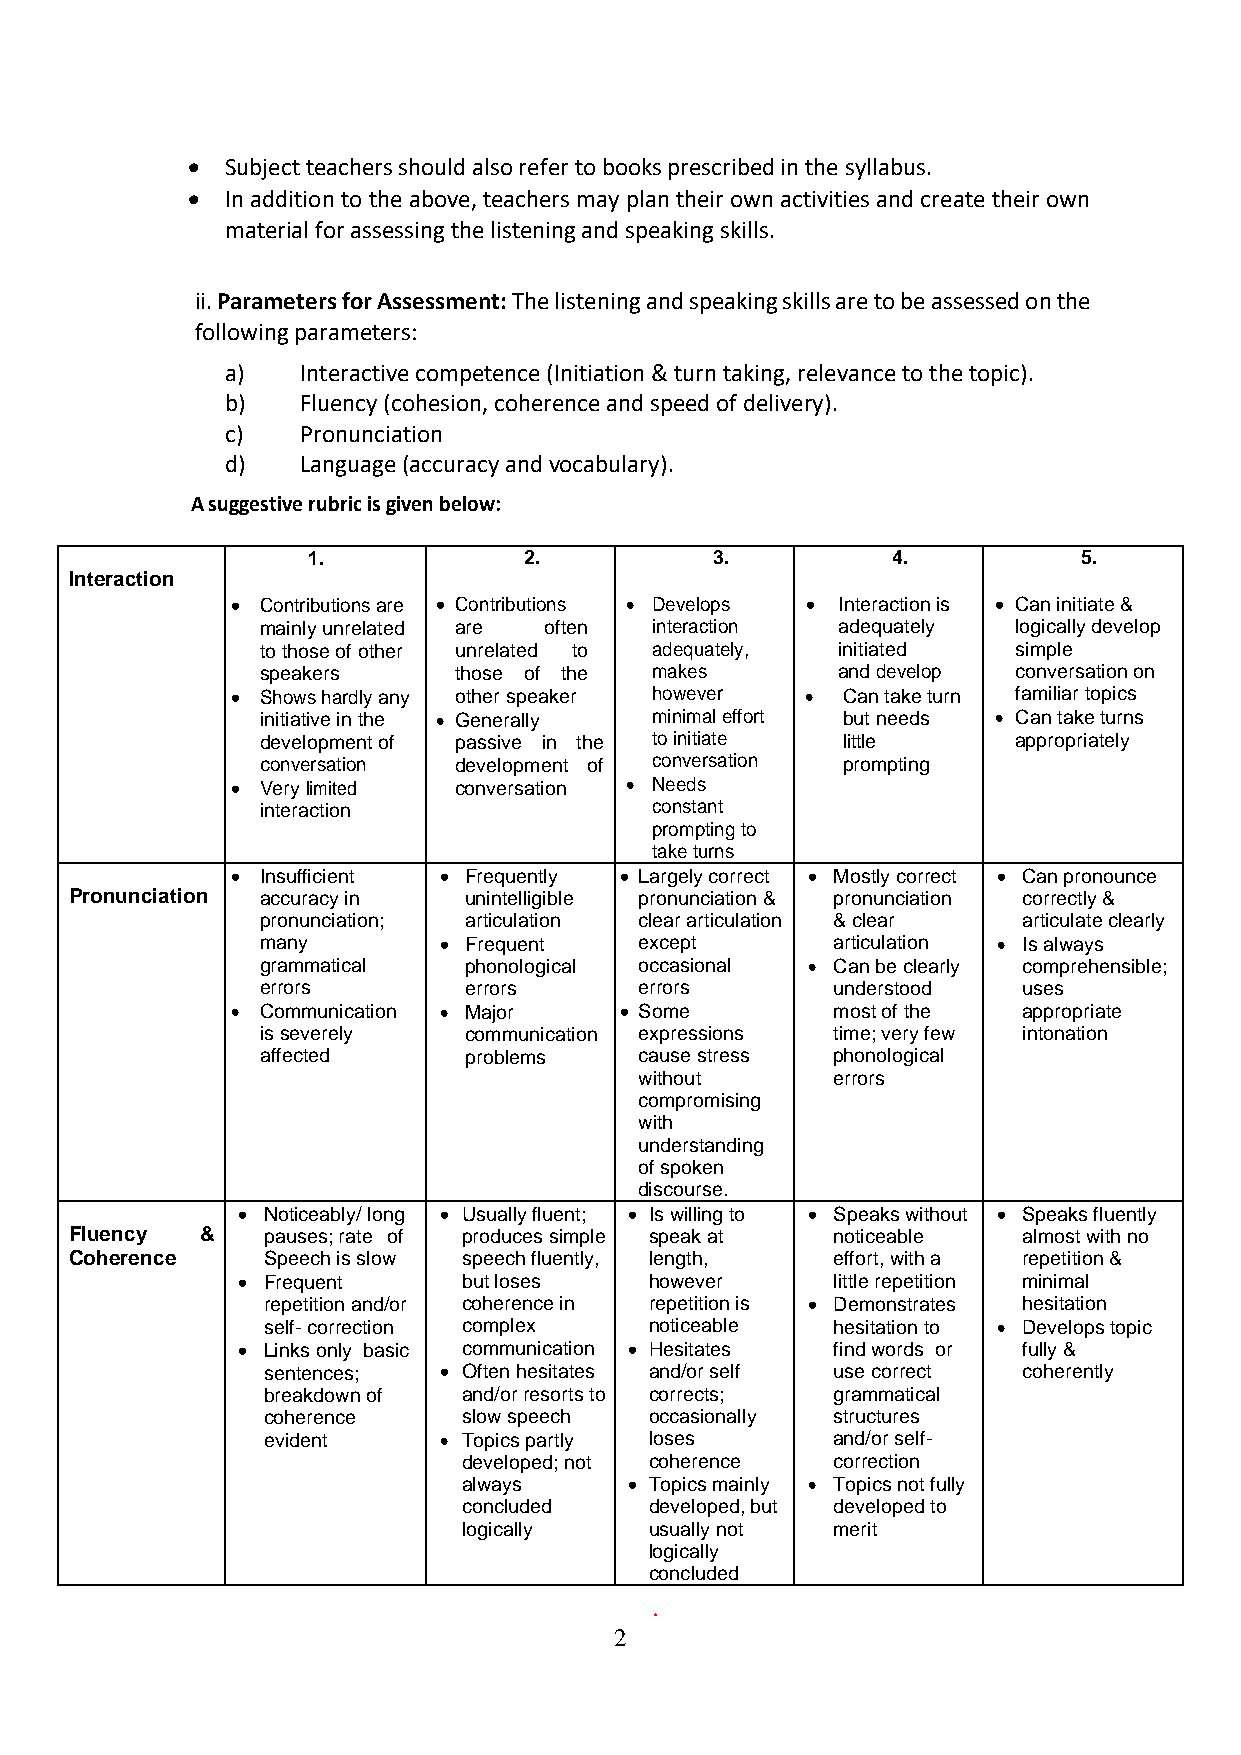
  Subject teachers should also refer to books prescribed in the syllabus.
   In addition to the above, teachers may plan their own activities and create their own
 material for assessing the listening and speaking skills.
 ii. Parameters for Assessment: The listening and speaking skills are to be assessed on the
 following parameters:
 a)   Interactive competence (Initiation & turn taking, relevance to the topic).
 b)   Fluency (cohesion, coherence and speed of delivery).
 c)   Pronunciation
 d)   Language (accuracy and vocabulary).
 A suggestive rubric is given below:
 1.             2.          3.          4.           5.
 Interaction
  Contributions are  Contributions  Develops  Interaction is  Can initiate &
 mainly unrelated are often interaction adequately logically develop
 to those of other unrelated to adequately, initiated simple
 speakers     those of the makes       and develop conversation on
  Shows hardly any other speaker however  Can take turn familiar topics
 initiative in the  Generally minimal effort but needs  Can take turns
 development of passive in the to initiate little  appropriately
 conversation development of conversation prompting
  Very limited conversation  Needs
 interaction               constant
 prompting to
 take turns
  Insufficient  Frequently  Largely correct  Mostly correct  Can pronounce
 Pronunciation accuracy in unintelligible pronunciation & pronunciation correctly &
 pronunciation; articulation clear articulation & clear articulate clearly
 many         Frequent   except       articulation  Is always
 grammatical   phonological occasional  Can be clearly comprehensible;
 errors        errors     errors       understood   uses
  Communication  Major    Some        most of the  appropriate
 is severely   communication expressions time; very few intonation
 affected      problems   cause stress phonological
 without      errors
 compromising
 with
 understanding
 of spoken
 discourse.
  Noticeably/ long  Usually fluent;  Is willing to  Speaks without  Speaks fluently
 Fluency &   pauses; rate of produces simple speak at noticeable almost with no
 Coherence   Speech is slow speech fluently, length, effort, with a repetition &
  Frequent     but loses   however     little repetition minimal
 repetition and/or coherence in repetition is  Demonstrates hesitation
 self- correction complex  noticeable  hesitation to  Develops topic
  Links only basic communication  Hesitates find words or fully &
 sentences;   Often hesitates and/or self use correct coherently
 breakdown of  and/or resorts to corrects; grammatical
 coherence     slow speech occasionally structures
 evident      Topics partly loses     and/or self-
 developed; not coherence correction
 always      Topics mainly  Topics not fully
 concluded   developed, but developed to
 logically   usually not merit
 logically
 concluded
 2